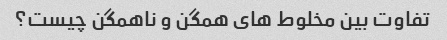
تفاوت بین مخلوط های همگن و ناهمگن چیست؟